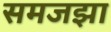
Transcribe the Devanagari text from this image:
समजझा